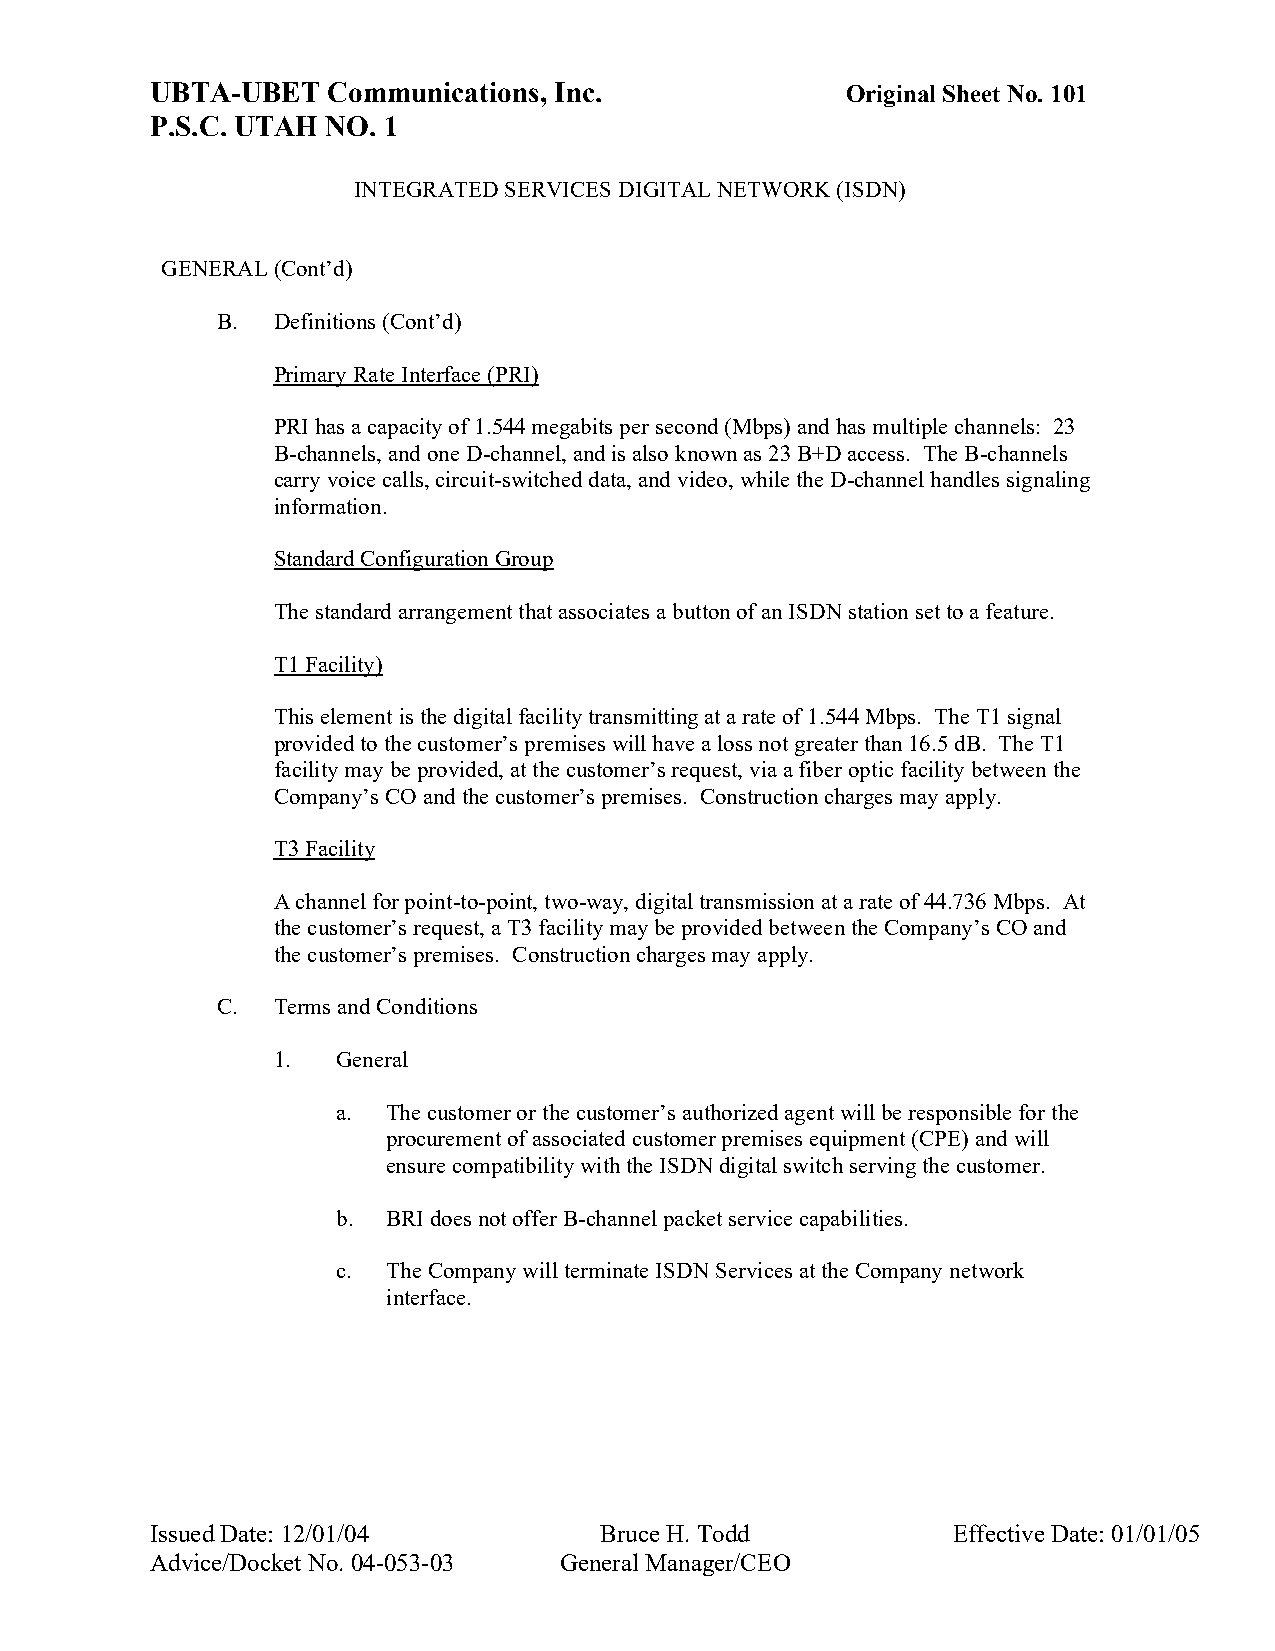
UBTA-UBET   Communications, Inc.              Original Sheet No. 101
 P.S.C. UTAH NO. 1
 INTEGRATED SERVICES DIGITAL NETWORK (ISDN)
 GENERAL (Cont’d)
 B.  Definitions (Cont’d)
 Primary Rate Interface (PRI)
 PRI has a capacity of 1.544 megabits per second (Mbps) and has multiple channels: 23
 B-channels, and one D-channel, and is also known as 23 B+D access. The B-channels
 carry voice calls, circuit-switched data, and video, while the D-channel handles signaling
 information.
 Standard Configuration Group
 The standard arrangement that associates a button of an ISDN station set to a feature.
 T1 Facility)
 This element is the digital facility transmitting at a rate of 1.544 Mbps. The T1 signal
 provided to the customer’s premises will have a loss not greater than 16.5 dB. The T1
 facility may be provided, at the customer’s request, via a fiber optic facility between the
 Company’s CO and the customer’s premises. Construction charges may apply.
 T3 Facility
 A channel for point-to-point, two-way, digital transmission at a rate of 44.736 Mbps. At
 the customer’s request, a T3 facility may be provided between the Company’s CO and
 the customer’s premises. Construction charges may apply.
 C.  Terms and Conditions
 1.  General
 a.  The customer or the customer’s authorized agent will be responsible for the
 procurement of associated customer premises equipment (CPE) and will
 ensure compatibility with the ISDN digital switch serving the customer.
 b.  BRI does not offer B-channel packet service capabilities.
 c.  The Company will terminate ISDN Services at the Company network
 interface.
 Issued Date: 12/01/04         Bruce H. Todd          Effective Date: 01/01/05
 Advice/Docket No. 04-053-03 General Manager/CEO